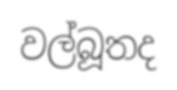
වල්බූතද